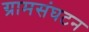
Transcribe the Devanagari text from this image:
ग्रामसंघटन